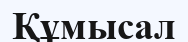
Құмысал